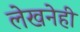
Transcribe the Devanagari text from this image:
लेखनेही